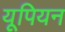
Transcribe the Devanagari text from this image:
यूपियन